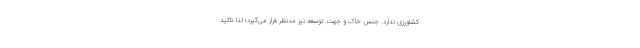
کشاورزی ندارد. جنس خاک و جهت توسعه نیز مدنظر قرار می‌گیرد؛ لذا تاکید